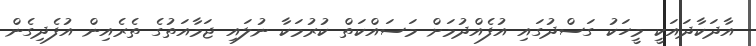
އާދަކާދައަކީ މީހަކު ގަސްދުގައި އުފެއްދުމަށް މަސައްކަތް ކުރުމަކާ ނުލައި ޖަމާއަތުގެ ތެރެއިން އުފެދިގެން